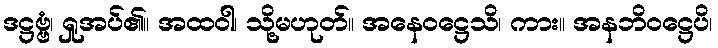
ဒဋ္ဌဗ္ဗံ၊ ရှုအပ်၏။ အထဝါ၊ သို့မဟုတ်။ အနေဝဋ္ဌေသိ၊ ကား။ အနဘိဝဋ္ဌေပိ၊